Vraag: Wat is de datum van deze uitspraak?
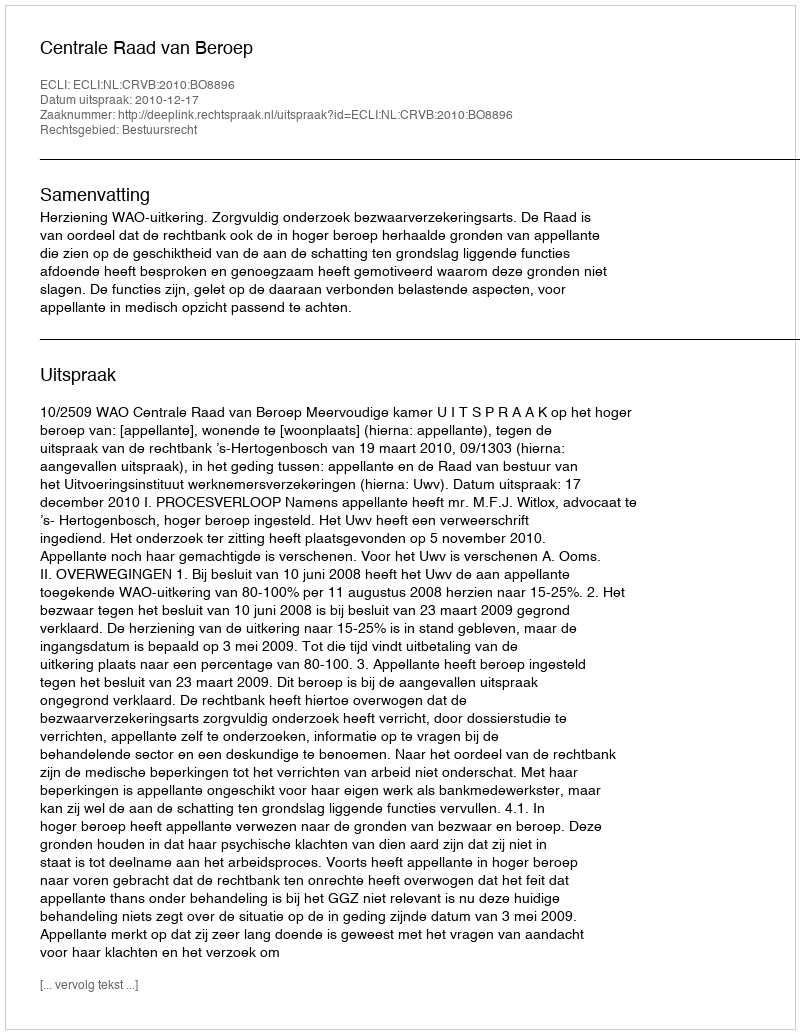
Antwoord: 2010-12-17